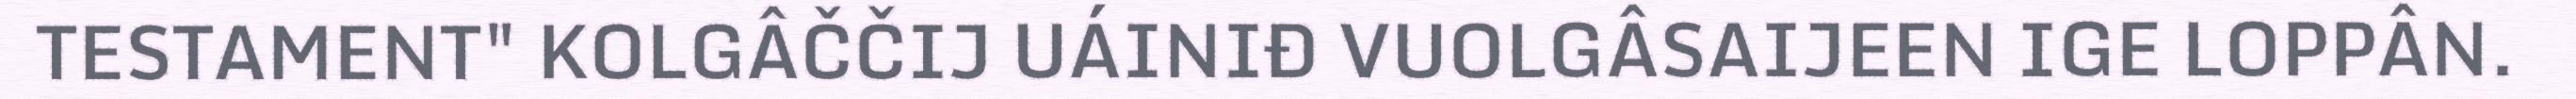
TESTAMENT" KOLGÂČČIJ UÁINIĐ VUOLGÂSAIJEEN IGE LOPPÂN.